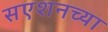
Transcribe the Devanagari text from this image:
सएशनच्या